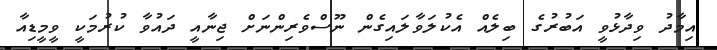
އިމާދު ވިދާޅުވީ އަބުރުގެ ބިލެއް އެކުލަވާލައިގެން ނޫސްވެރިންނަށް ޖިނާއީ ދައުވާ ކުރުމަކީ ވީމީޑިއާ